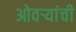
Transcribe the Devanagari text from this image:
ओवऱ्यांची